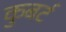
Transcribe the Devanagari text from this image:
कुबर्ट